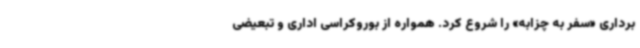
برداری «سفر به چزابه» را شروع کرد. همواره از بوروکراسی اداری و تبعیضی